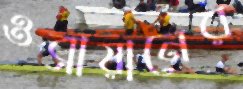
ওব্রায়ানের